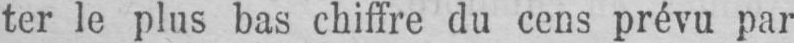
ter le plus bas chiffre du cens prévu par